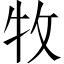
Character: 牧